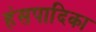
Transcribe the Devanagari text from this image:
हंसपादिका